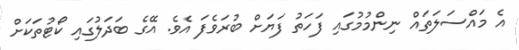
އެ މައްސަލަތައް ނިންމުމުގައި ފަހަތު ފަޔަށް ބުރަވެފަ އެވެ. އޭގެ ބަދަލުގައި ކޯޓުތަކަށް